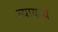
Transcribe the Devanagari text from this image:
व्यायव्य